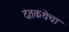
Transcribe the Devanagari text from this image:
दंतकथेचा